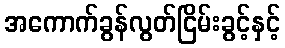
အကောက်ခွန်လွတ်ငြိမ်းခွင့်နှင့်